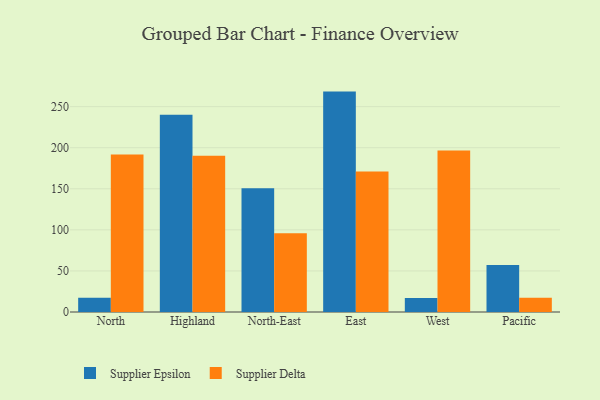
{"axis": {"x": "Region", "y": "Waste Production (Tons)"}, "legend": ["Supplier Delta", "Supplier Epsilon"], "data": [{"x": "North", "y": 17.2, "type": "Supplier Epsilon"}, {"x": "North", "y": 191.7, "type": "Supplier Delta"}, {"x": "Highland", "y": 240.1, "type": "Supplier Epsilon"}, {"x": "Highland", "y": 190.2, "type": "Supplier Delta"}, {"x": "North-East", "y": 150.5, "type": "Supplier Epsilon"}, {"x": "North-East", "y": 95.9, "type": "Supplier Delta"}, {"x": "East", "y": 268.3, "type": "Supplier Epsilon"}, {"x": "East", "y": 171.1, "type": "Supplier Delta"}, {"x": "West", "y": 17.1, "type": "Supplier Epsilon"}, {"x": "West", "y": 196.6, "type": "Supplier Delta"}, {"x": "Pacific", "y": 57.3, "type": "Supplier Epsilon"}, {"x": "Pacific", "y": 17.3, "type": "Supplier Delta"}]}